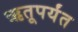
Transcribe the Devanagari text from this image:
ऋतूपर्यंत